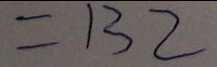
= 1 3 2